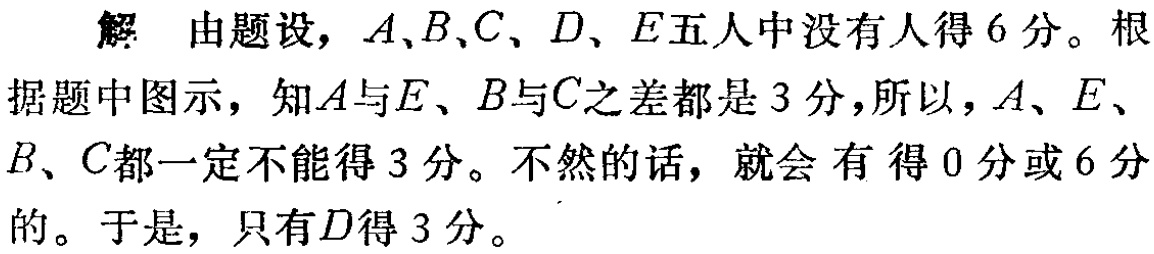
解 由题设，\(A、B、C、D、E\)五人中没有人得\(6\)分。根据题中图示，知\(A\)与\(E\)、\(B\)与\(C\)之差都是\(3\)分，所以，\(A、E、B、C\)都一定不能得\(3\)分。不然的话，就会 有得\(0\)分或\(6\)分的。于是，只有\(D\)得\(3\)分。